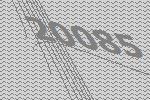
20085